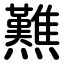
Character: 㸐